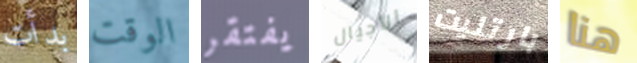
بدأت الوقت يفتقر الأجيال بارتليت هنا